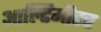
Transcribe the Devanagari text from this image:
आल्टिमीटर